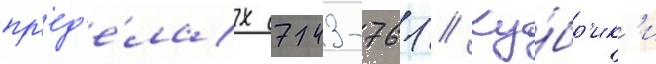
пр'ед'е́лах 743-761 // Ку́бр'ик'и